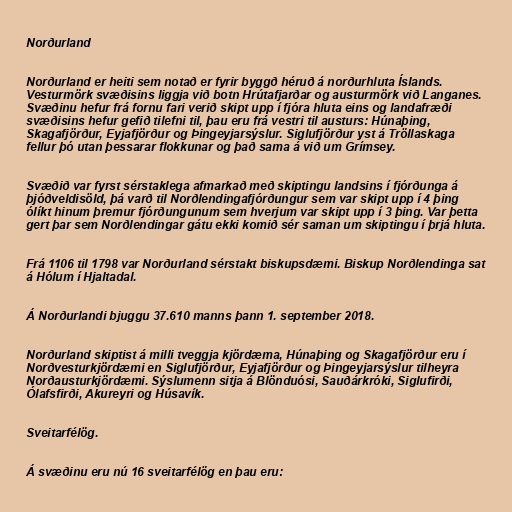
Norðurland

Norðurland er heiti sem notað er fyrir byggð héruð á norðurhluta Íslands.
Vesturmörk svæðisins liggja við botn Hrútafjarðar og austurmörk við Langanes.
Svæðinu hefur frá fornu fari verið skipt upp í fjóra hluta eins og landafræði
svæðisins hefur gefið tilefni til, þau eru frá vestri til austurs: Húnaþing,
Skagafjörður, Eyjafjörður og Þingeyjarsýslur. Siglufjörður yst á Tröllaskaga
fellur þó utan þessarar flokkunar og það sama á við um Grímsey.

Svæðið var fyrst sérstaklega afmarkað með skiptingu landsins í fjórðunga á
þjóðveldisöld, þá varð til Norðlendingafjórðungur sem var skipt upp í 4 þing
ólíkt hinum þremur fjórðungunum sem hverjum var skipt upp í 3 þing. Var þetta
gert þar sem Norðlendingar gátu ekki komið sér saman um skiptingu í þrjá hluta.

Frá 1106 til 1798 var Norðurland sérstakt biskupsdæmi. Biskup Norðlendinga sat
á Hólum í Hjaltadal.

Á Norðurlandi bjuggu 37.610 manns þann 1. september 2018.

Norðurland skiptist á milli tveggja kjördæma, Húnaþing og Skagafjörður eru í
Norðvesturkjördæmi en Siglufjörður, Eyjafjörður og Þingeyjarsýslur tilheyra
Norðausturkjördæmi. Sýslumenn sitja á Blönduósi, Sauðárkróki, Siglufirði,
Ólafsfirði, Akureyri og Húsavík.

Sveitarfélög.

Á svæðinu eru nú 16 sveitarfélög en þau eru: